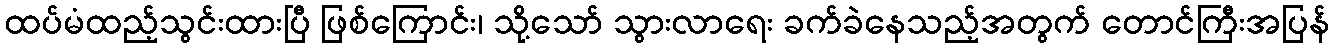
ထပ်မံထည့်သွင်းထားပြီ ဖြစ်ကြောင်း၊ သို့သော် သွားလာရေး ခက်ခဲနေသည့်အတွက် တောင်ကြီးအပြန်